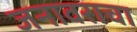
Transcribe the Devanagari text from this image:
जनावराचा